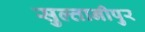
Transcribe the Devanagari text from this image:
सुल्तानीपुर